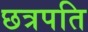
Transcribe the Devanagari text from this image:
छत्रपति